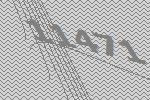
11471